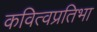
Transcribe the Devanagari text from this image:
कवित्वप्रतिभा